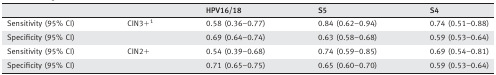
<table><thead><tr><td></td><td></td><td><b>HPV16/18</b></td><td><b>S5</b></td><td><b>S4</b></td></tr></thead><tbody><tr><td>Sensitivity (95% CI)</td><td>CIN3+a</td><td>0.58 (0.36–0.77)</td><td>0.84 (0.62–0.94)</td><td>0.74 (0.51–0.88)</td></tr><tr><td>Specificity (95% CI)</td><td></td><td>0.69 (0.64–0.74)</td><td>0.63 (0.58–0.68)</td><td>0.59 (0.53–0.64)</td></tr><tr><td>Sensitivity (95% CI)</td><td>CIN2+</td><td>0.54 (0.39–0.68)</td><td>0.74 (0.59–0.85)</td><td>0.69 (0.54–0.81)</td></tr><tr><td>Specificity (95% CI)</td><td></td><td>0.71 (0.65–0.75)</td><td>0.65 (0.60–0.70)</td><td>0.59 (0.53–0.64)</td></tr></tbody></table>